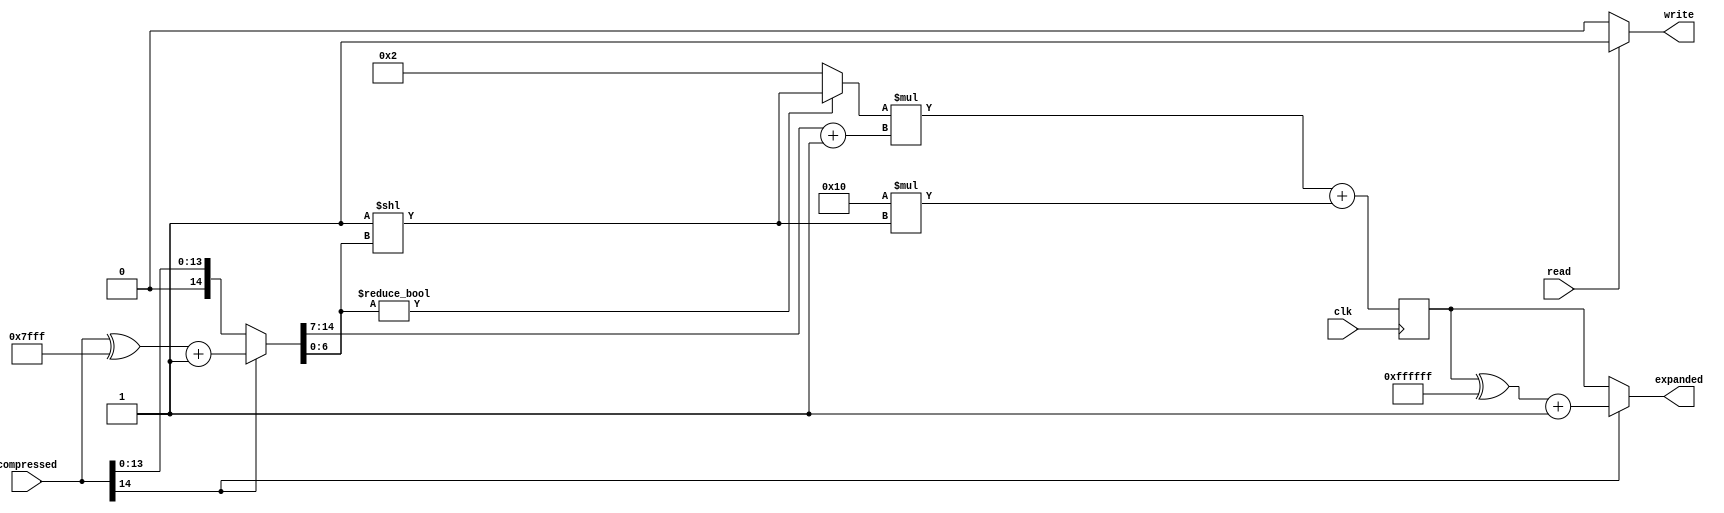
module aLawExpander2(input [14:0] compressed,
							output [23:0] expanded,
							input clk, 
							input read, 
							output write
							);

wire [14:0] compressed1;
wire sign;	
reg [23:0] b;	
reg [23:0] e, middle;					
							
//check negative
assign compressed1= (compressed[14]==1'b0)? compressed: ((compressed^15'b111111111111111)+15'd1);
//Assigns the same if positive, converts number from 2'complement if negative

//Assign variable for sign
assign sign= (compressed[14]==1'b0)? 1'b1: 1'b0;
//Assign 1 if positive, 0 if negative	

always @(posedge clk) begin 

//check bottom 7 bits
if (compressed1[6:0]!=7'b0)begin
			 b= 24'd2**(compressed1[6:0]);
end
else  b= 24'd2;

middle= (24'd16*24'd2**(compressed1[6:0]));
//check top 8 bits
e= ((b*(compressed1[14:7] + 24'd1))+ middle);	

end

//Convert if negative (2s complement) 
assign expanded= (sign== 1'b1)? (e): (((e)^24'b111111111111111111111111)+24'b1); 

//Assign write 1 to incidate via handshake protocal that the expander is expanding	 
assign write = (read)? 1'b1: 1'b0;

endmodule